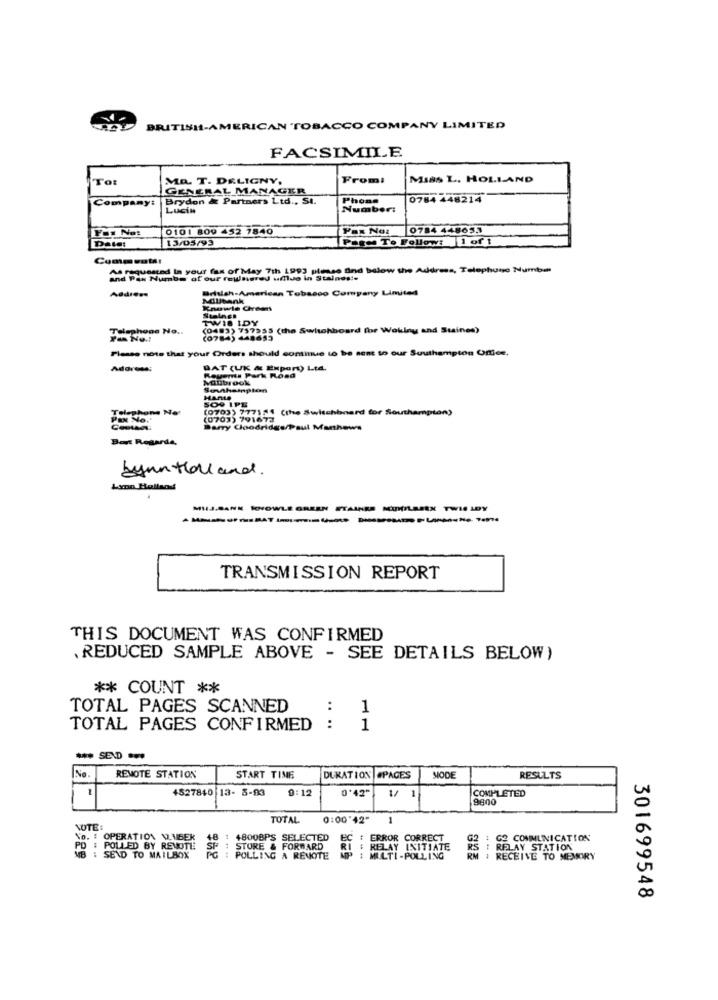
BRITISIt-AMERICAN TOBACCO COMPANY LIMITED
FACSIMILE
To:
MR. T. DELIGNY,
From:
MISS L. HOLLAND
GENERAL MANAGER
Company:
Brydon & Partners Ltd ., St.
Phone
0784 448214
Lucin
Number:
Fax No:
0101 809 452 7840
0784 44863.3
13/05/93
Page To Follow: 1 of 1
Date:
Comment!
As requested In your fax of May 7th 1993 please and below the Address, Telephone Numb=
and Pas Numbe of our rewsered umus in Staines !.
British-American Tobacco Company Limited
Millbank
Knowle Creens
Stalnet
TWI8 IDY
Telephone No ..
(0483) 757355 (the Switchboard for Woking and Stines)
YO No .!
(0784) 448653
Please note that your Orders should continue to be sent to our Southampton Orice.
Address:
DAT (UK & Export) Ltd.
Regents Park Road
Milibrook
Sowahampton
HanIa
SO9 IPE
Telephone No
(0703) 7771.4 (the Switchboard for Southampton)
PIN No.
(0703) 791672
Barry Cloodridge/Paul Marthews
Bort Regarde,
byun Hall and.
MILJ.SANE KNOWLE GREEN STAINES KOWILASEN TWIS LDY
---------------
TRANSMISSION REPORT
THIS DOCUMENT WAS CONFIRMED
. REDUCED SAMPLE ABOVE - SEE DETAILS BELOW)
** COUNT **
TOTAL PAGES SCANNED
1
TOTAL PAGES CONFIRMED
....
1
No.
REMOTE STATION
START TIME
DURATION #PAGES
RESULTS
4827840 13- 8-93
0:12
0'42"
COMPLETED
9800
TOTAL
0:00'42"
1
NOTE:
No. : OPERATION VUEEK
18 : 4800BPS SELECTED
# ERROR CORRECT
: G2 COMMUNICATION
PD
POLLED BY REMOTE
SF : STURE & FORWARD
RELAY INITIATE
RELAY STATION
: SEND TO MAILBOX
: POLLING A REMOTE
MULTI-POLLING
RM : RECEIVE TO MEMORY
301699548